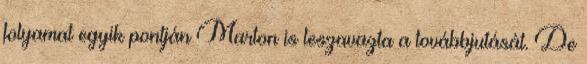
folyamat egyik pontján Marton is leszavazta a továbbjutását. De